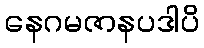
နေဂမဇာနပဒါပိ